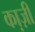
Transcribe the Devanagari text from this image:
का़ज़ी